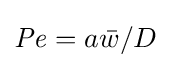
{\mathit {Pe}}=a{\bar {w}}/D